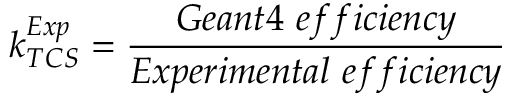
k _ { T C S } ^ { E x p } = \frac { G e a n t 4 ~ e f f i c i e n c y } { E x p e r i m e n t a l ~ e f f i c i e n c y }